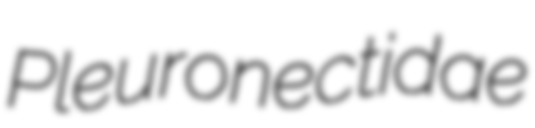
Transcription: Pleuronectidae